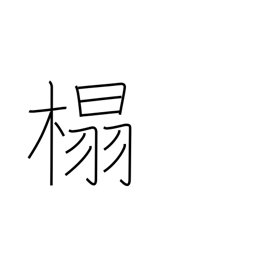
Meaning: chair